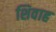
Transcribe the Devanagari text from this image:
शिवाह